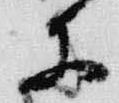
等